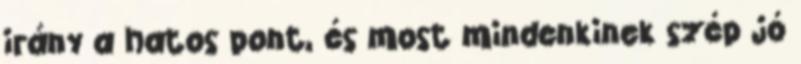
irány a hatos pont, és most mindenkinek szép jó